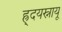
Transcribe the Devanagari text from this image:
ह्र्दयस्नायू